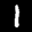
Label: 1